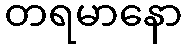
တရမာနော